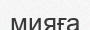
мияға